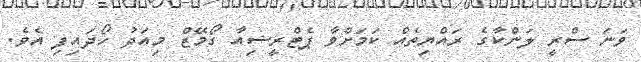
ވަނަ ސްރީ ލަންކާގެ ރައްޔިތެއް ކަމަށްވާ ޕެޓްރީޝިއާ ގޯމޭޒް މިއަދު ހޯދައިފި އެވެ.